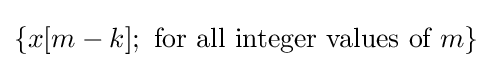
\{x[m-k];{\text{ for all integer values of }}m\}